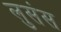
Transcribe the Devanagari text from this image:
लुसंस